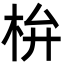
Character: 㭓